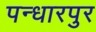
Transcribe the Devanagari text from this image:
पन्धारपुर